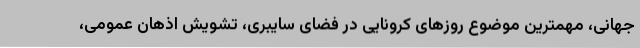
جهانی، مهمترین موضوع روزهای کرونایی در فضای سایبری، تشویش اذهان عمومی،